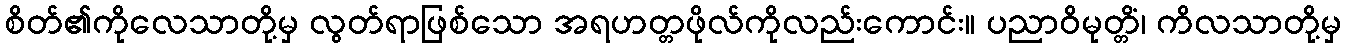
စိတ်၏ကိုလေသာတို့မှ လွတ်ရာဖြစ်သော အရဟတ္တဖိုလ်ကိုလည်းကောင်း။ ပညာဝိမုတ္တိံ၊ ကိလသာတို့မှ